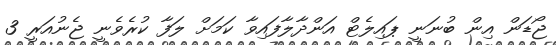
ޖޯޑަން އިން ބުނަނީ ޕައިލެޓް އަންދާލާފައިވާ ކަމަށް ލަފާ ކުރެވެނީ ޖެނުއަރީ 3